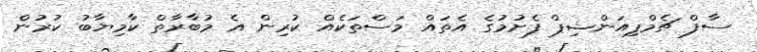
ސާފް ޗެމްޕިއަންޝިޕް ފެށުމުގެ އެތައް މަސްތަކެއް ކުރިން އެ މުބާރާތް ކާމިޔާބު ކުރުން